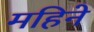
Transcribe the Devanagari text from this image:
महिनेे